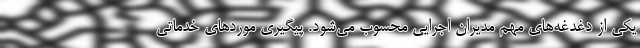
یکی از دغدغه‌های مهم مدیران اجرایی محسوب می‌شود. پیگیری موردهای خدماتی